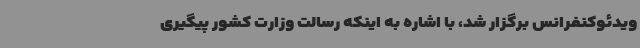
ویدئوکنفرانس برگزار شد، با اشاره به اینکه رسالت وزارت کشور پیگیری